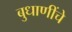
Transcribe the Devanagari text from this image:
बुधाणींचे